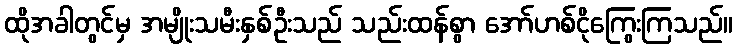
ထိုအခါတွင်မှ အမျိုးသမီးနှစ်ဦးသည် သည်းထန်စွာ အော်ဟစ်ငိုကြွေးကြသည်။